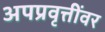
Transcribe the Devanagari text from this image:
अपप्रवृत्तींवर